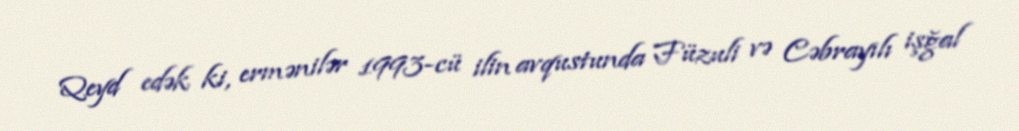
Qeyd edək ki, ermənilər 1993-cü ilin avqustunda Füzuli və Cəbrayılı işğal